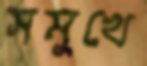
সমুখে